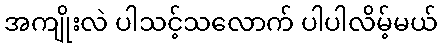
အကျိုးလဲ ပါသင့်သလောက် ပါပါလိမ့်မယ်